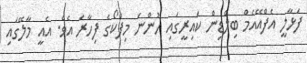
ފަޅާލީ އެފްއޭއެމް ބިލްޑިން ކައިރީގައި ހުންނަ މިފްކޯގެ ފިހާރަ އެެވެ. އެއީ މާލޭގައި